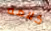
كلامه